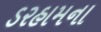
ડરહામના